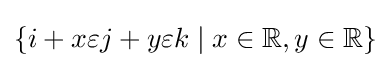
\{i+x\varepsilon j+y\varepsilon k\mid x\in \mathbb {R} ,y\in \mathbb {R} \}